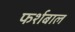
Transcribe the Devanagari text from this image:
फर्शबाल